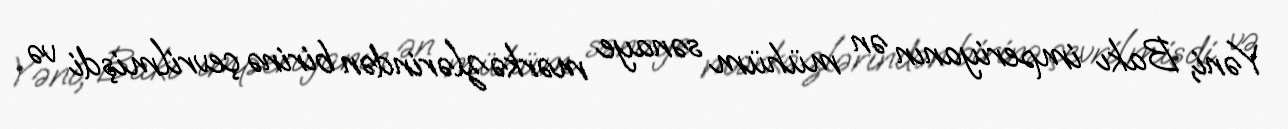
Yəni, Bakı imperiyanın ən mühüm sənaye mərkəzlərindən birinə çevrilmişdi və